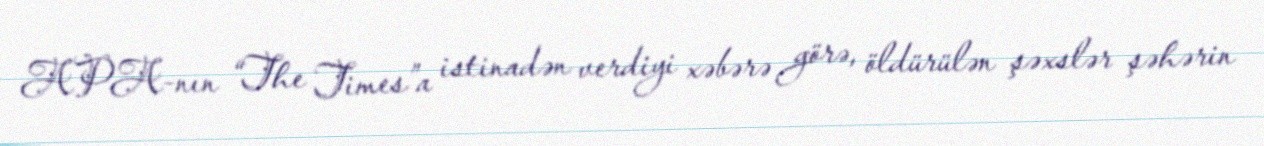
APA-nın “The Times”a istinadən verdiyi xəbərə görə, öldürülən şəxslər şəhərin